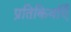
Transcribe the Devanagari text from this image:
प्रतिकिर्याएँ